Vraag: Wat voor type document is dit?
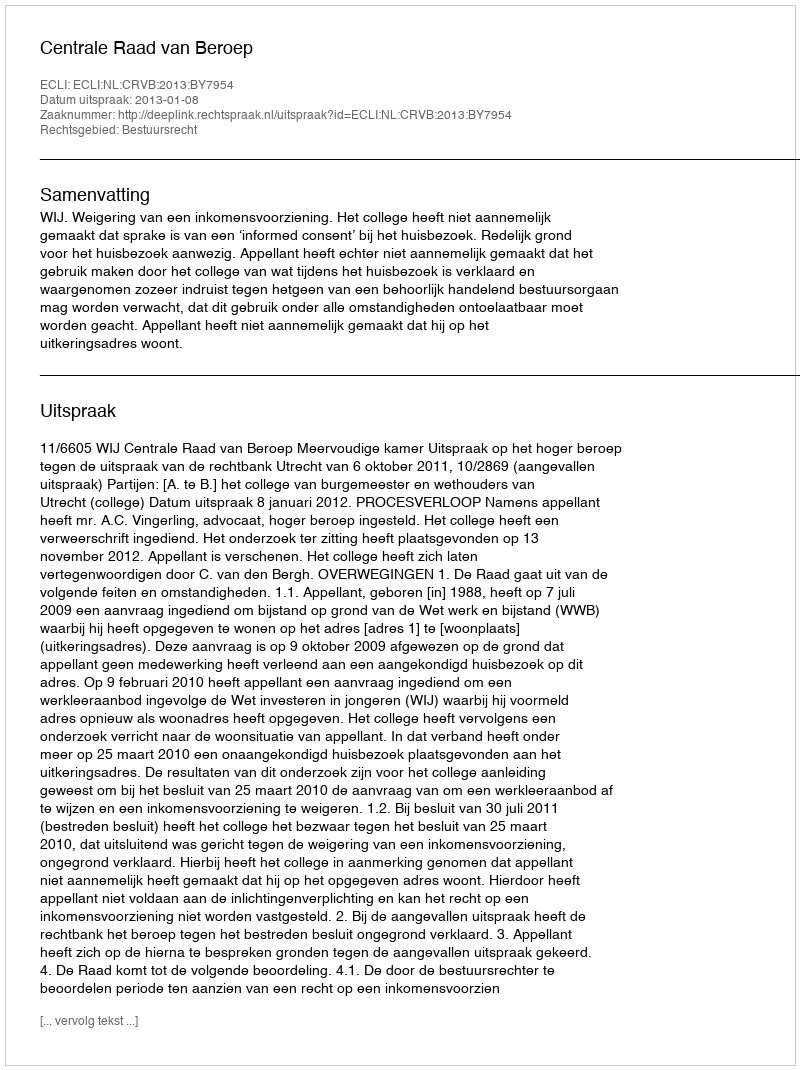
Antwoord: Uitspraak